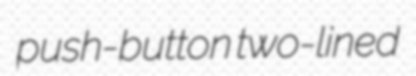
push-button two-lined